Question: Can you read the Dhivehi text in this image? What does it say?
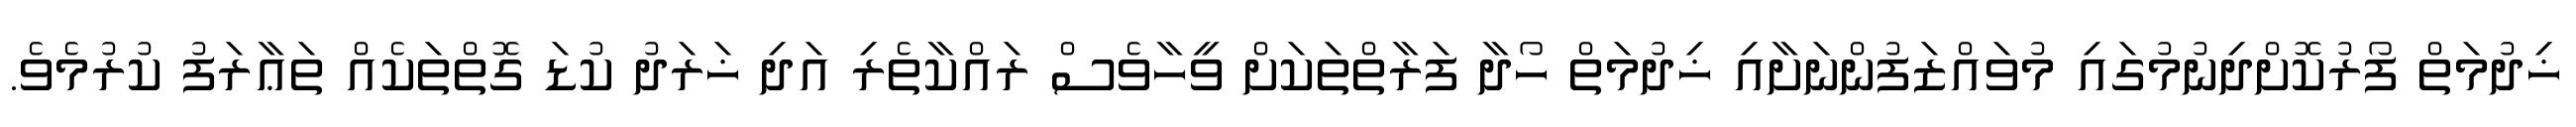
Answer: ޚިދުމަތް ފޯރުކޮށްދިނުމުގައި މުވައްޒަފުންނަށާއި ޚިދުމަތް ހޯދާ ފަރާތްތަކަށް ވީހާވެސް ރައްކާތެރި އަދި ޚަރަދު ކުޑަ ގޮތްތަކެއް ތަޢާރަފު ކުރުމެވެ.